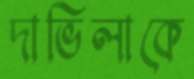
দাভিলাকে